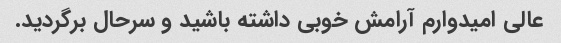
عالی امیدوارم آرامش خوبی داشته باشید و سرحال برگردید.